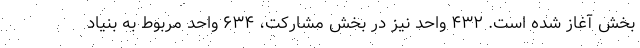
بخش آغاز شده است. ۴۳۲ واحد نیز در بخش مشارکت، ۶۳۴ واحد مربوط به بنیاد